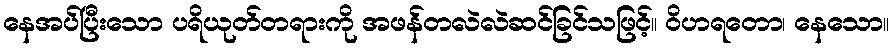
နေအပ်ပြီးသော ပရိယုတ်တရားကို အဖန်တလဲလဲဆင်ခြင်သဖြင့်။ ဝိဟရတော၊ နေသော။